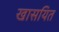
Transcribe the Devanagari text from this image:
खासयित